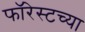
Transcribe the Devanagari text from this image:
फॉरेस्टच्या